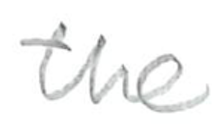
Text: the
Cross-out: clean
Writing tool: pencil